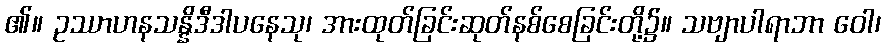
၏။ ဥဿာဟနသန္နိဒီဒါပနေသု၊ အားထုတ်ခြင်းဆုတ်နစ်စေခြင်းတို့၌။ သဗျာပါရာဘာ ဝေါ၊